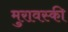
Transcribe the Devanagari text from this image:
मुरावस्की